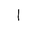
Letter: _alif